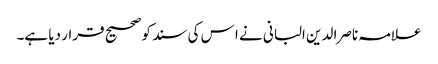
علامہ ناصرا لدین البانی نے ا س کی سند کو صحیح قرار دیا ہے۔